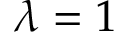
\lambda = 1